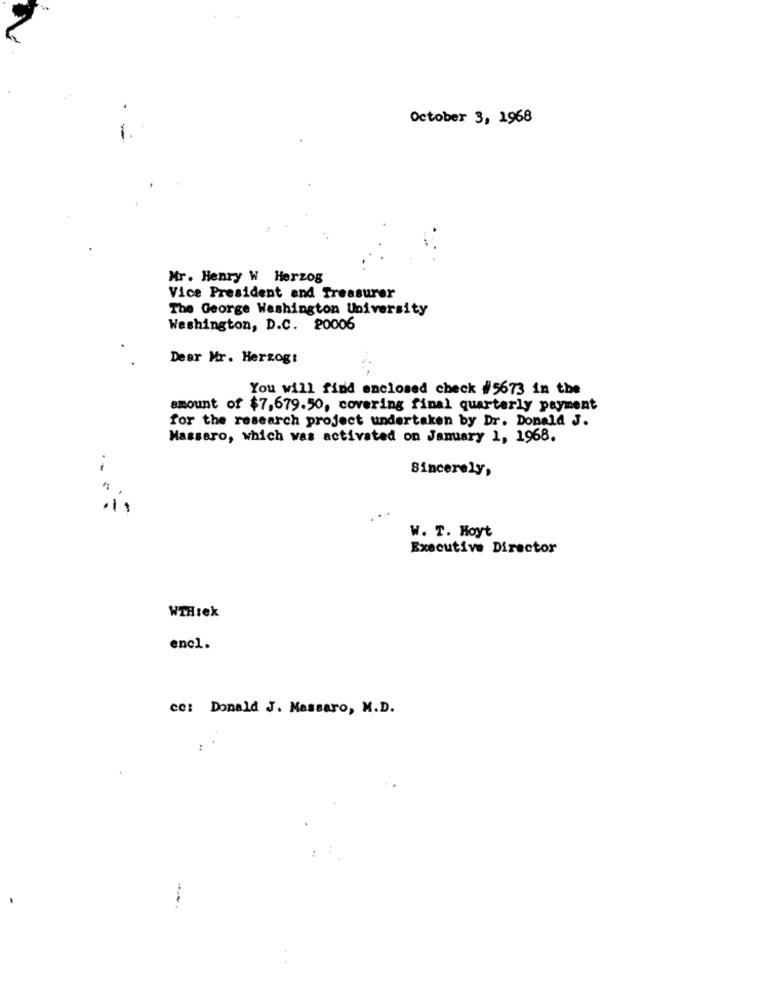
October 3, 1968
-
Mr. Henry W Herzog
Vice President and Treasurer
The George Washington University
Washington, D.C. 20006
Dear Mr. Herzog:
You will find enclosed check #5673 in the
amount of $7,679.50, covering final quarterly payment
for the research project undertaken by Dr. Donald J.
Massaro, which was activated on January 1, 1968.
Sincerely,
.-
W. T. Hoyt
Executive Director
WTHIek
enel.
cc: Donald J. Massaro, M.D.
: